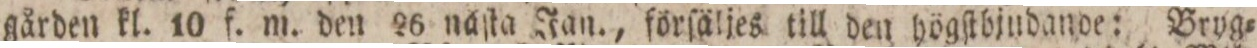
gården kl. 10 f. m. den 26 näſta Jan., förſäljes till den högſtbjudande: Bryg=